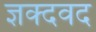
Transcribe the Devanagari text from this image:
ज्ञक्दवद